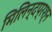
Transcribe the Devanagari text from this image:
मिलिन्दप्रश्न